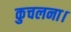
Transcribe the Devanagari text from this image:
कुचलना।